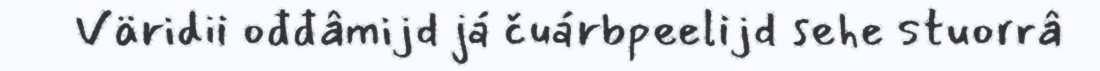
Väridii ođđâmijd já čuárbpeelijd sehe stuorrâ